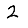
Digit: 2